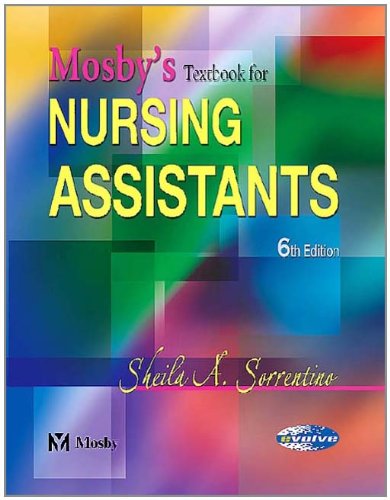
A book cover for Mosby's Textbook for Nursing Assistants - Hard Cover Version, 6e; Sheila A. Sorrentino PhD  RN; Medical Books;